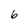
Character: 6